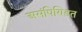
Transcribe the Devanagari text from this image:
असंपिण्डित